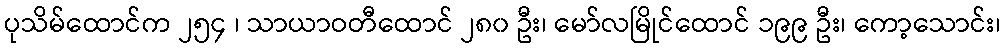
ပုသိမ်ထောင်က ၂၅၄ ၊ သာယာဝတီထောင် ၂၈၀ ဦး၊ မော်လမြိုင်ထောင် ၁၉၉ ဦး၊ ကော့သောင်း၊